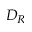
D _ { R }